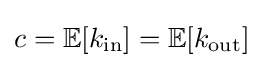
c=\mathbb {E} [k_{\text{in}}]=\mathbb {E} [k_{\text{out}}]